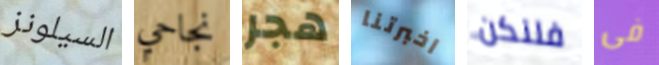
السيلونز نجاحي هجر اخبرتنا فلنكن فى